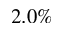
2 . 0 \%